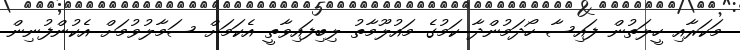
މަކަރާއި ހީލަތުން ފައިސާ ހޯދަމުންދާ ކަމުގެ މައުލޫމާތު ލިބިފައިވާތީ އެކަމަށް ސަމާލުވުމަށް އެކުންފުނިން